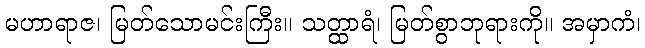
မဟာရာဇ၊ မြတ်သောမင်းကြီး။ သတ္ထာရံ၊ မြတ်စွာဘုရားကို။ အမှာကံ၊